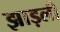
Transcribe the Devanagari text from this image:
झाड़ली